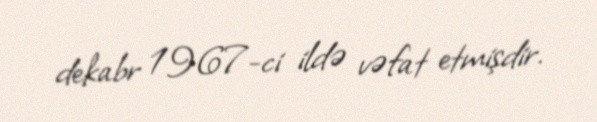
dekabr 1967-ci ildə vəfat etmişdir.